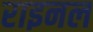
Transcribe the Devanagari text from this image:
राइनल